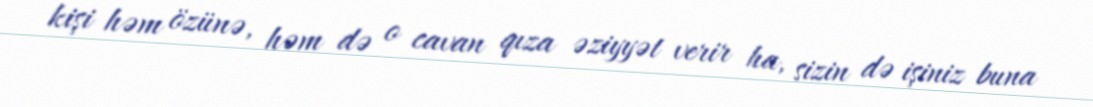
kişi həm özünə, həm də o cavan qıza əziyyət verir ha, sizin də işiniz buna